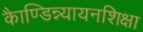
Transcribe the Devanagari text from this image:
काैण्डिन्न्यायनशिक्षा